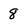
Character: 8